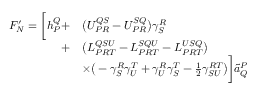
\begin{array} { r l } { F _ { N } ^ { \prime } = \bigg [ h _ { P } ^ { Q } + } & { \big ( U _ { P R } ^ { Q S } - U _ { P R } ^ { S Q } \big ) \gamma _ { S } ^ { R } } \\ { + } & { \big ( L _ { P R T } ^ { Q S U } - L _ { P R T } ^ { S Q U } - L _ { P R T } ^ { U S Q } \big ) } \\ & { \times \big ( - \gamma _ { S } ^ { R } \gamma _ { U } ^ { T } + \gamma _ { U } ^ { R } \gamma _ { S } ^ { T } - \frac { 1 } { 2 } \gamma _ { S U } ^ { R T } \big ) \bigg ] \tilde { a } _ { Q } ^ { P } } \end{array}